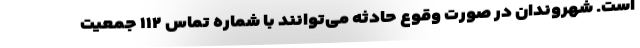
است. شهروندان در صورت وقوع حادثه می‌توانند با شماره تماس ۱۱۲ جمعیت